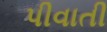
પીવાતી